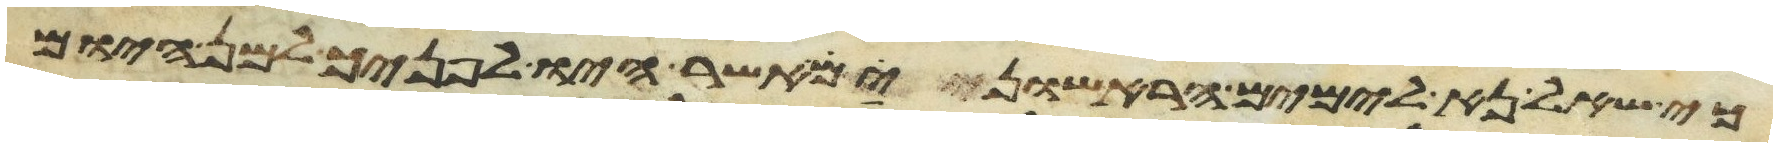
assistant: כי שאל נא לימים הראישונים אשר היו לפניך למן היום